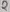
Text: 2